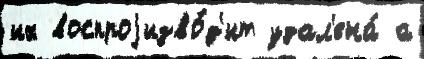
их воспроjизво́д'ит удал'ена́ а